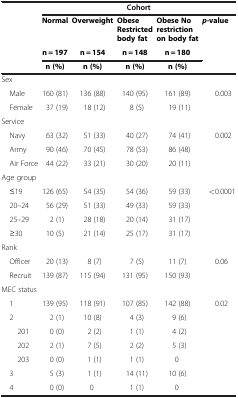
<table><thead><tr><td><b> </b></td><td colspan="5"><b>Cohort</b></td></tr></thead><tbody><tr><td> </td><td><b>Normal</b></td><td><b>Overweight</b></td><td><b>Obese Restricted body fat</b></td><td><b>Obese No restriction on body fat</b></td><td><b> <i>p</i> </b><b>-value</b></td></tr><tr><td> </td><td><b>n = 197</b></td><td><b>n = 154</b></td><td><b>n = 148</b></td><td><b>n = 180</b></td><td> </td></tr><tr><td> </td><td><b>n (%)</b></td><td><b>n (%)</b></td><td><b>n (%)</b></td><td><b>n (%)</b></td><td> </td></tr><tr><td>Sex</td><td> </td><td> </td><td> </td><td> </td><td> </td></tr><tr><td> Male</td><td>160 (81)</td><td>136 (88)</td><td>140 (95)</td><td>161 (89)</td><td>0.003</td></tr><tr><td> Female</td><td>37 (19)</td><td>18 (12)</td><td>8 (5)</td><td>19 (11)</td><td> </td></tr><tr><td>Service</td><td> </td><td> </td><td> </td><td> </td><td> </td></tr><tr><td> Navy</td><td>63 (32)</td><td>51 (33)</td><td>40 (27)</td><td>74 (41)</td><td>0.002</td></tr><tr><td> Army</td><td>90 (46)</td><td>70 (45)</td><td>78 (53)</td><td>86 (48)</td><td> </td></tr><tr><td> Air Force</td><td>44 (22)</td><td>33 (21)</td><td>30 (20)</td><td>20 (11)</td><td> </td></tr><tr><td>Age group</td><td> </td><td> </td><td> </td><td> </td><td> </td></tr><tr><td> ≤19</td><td>126 (65)</td><td>54 (35)</td><td>54 (36)</td><td>59 (33)</td><td>&lt;0.0001</td></tr><tr><td> 20–24</td><td>56 (29)</td><td>51 (33)</td><td>49 (33)</td><td>59 (33)</td><td> </td></tr><tr><td> 25–29</td><td>2 (1)</td><td>28 (18)</td><td>20 (14)</td><td>31 (17)</td><td> </td></tr><tr><td> ≥30</td><td>10 (5)</td><td>21 (14)</td><td>25 (17)</td><td>31 (17)</td><td> </td></tr><tr><td>Rank</td><td> </td><td> </td><td> </td><td> </td><td> </td></tr><tr><td> Officer</td><td>20 (13)</td><td>8 (7)</td><td>7 (5)</td><td>11 (7)</td><td>0.06</td></tr><tr><td> Recruit</td><td>139 (87)</td><td>115 (94)</td><td>131 (95)</td><td>150 (93)</td><td> </td></tr><tr><td>MEC status</td><td> </td><td> </td><td> </td><td> </td><td> </td></tr><tr><td> 1</td><td>139 (95)</td><td>118 (91)</td><td>107 (85)</td><td>142 (88)</td><td>0.02</td></tr><tr><td> 2</td><td>2 (1)</td><td>10 (8)</td><td>4 (3)</td><td>9 (6)</td><td> </td></tr><tr><td>201</td><td>0 (0)</td><td>2 (2)</td><td>1 (1)</td><td>4 (2)</td><td> </td></tr><tr><td>202</td><td>2 (1)</td><td>7 (5)</td><td>2 (2)</td><td>5 (3)</td><td> </td></tr><tr><td>203</td><td>0 (0)</td><td>1 (1)</td><td>1 (1)</td><td>0</td><td> </td></tr><tr><td> 3</td><td>5 (3)</td><td>1 (1)</td><td>14 (11)</td><td>10 (6)</td><td> </td></tr><tr><td> 4</td><td>0 (0)</td><td>0</td><td>1 (1)</td><td>0</td><td> </td></tr></tbody></table>